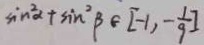
\sin ^ { 2 } \alpha + \sin ^ { 2 } \beta \in [ - 1 , - \frac { 1 } { 9 } ]